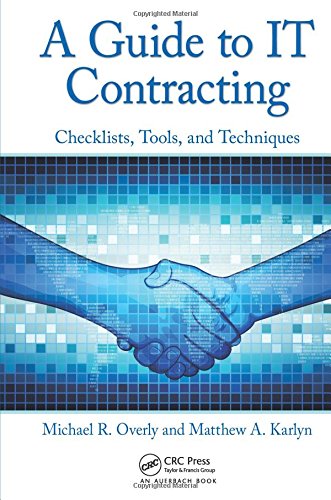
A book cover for A Guide to IT Contracting: Checklists, Tools, and Techniques; Michael R. Overly; Business & Money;